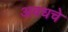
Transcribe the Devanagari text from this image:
अवधचे